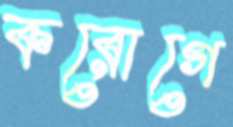
করোগে